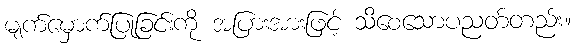
မျက်မှောက်ပြုခြင်းကို အပြားအားဖြင့် သိစေသောပညတ်တည်း။